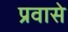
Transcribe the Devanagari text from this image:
प्रवासे